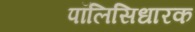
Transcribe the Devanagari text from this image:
पॉलिसिधारक